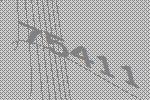
75411